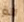
الة